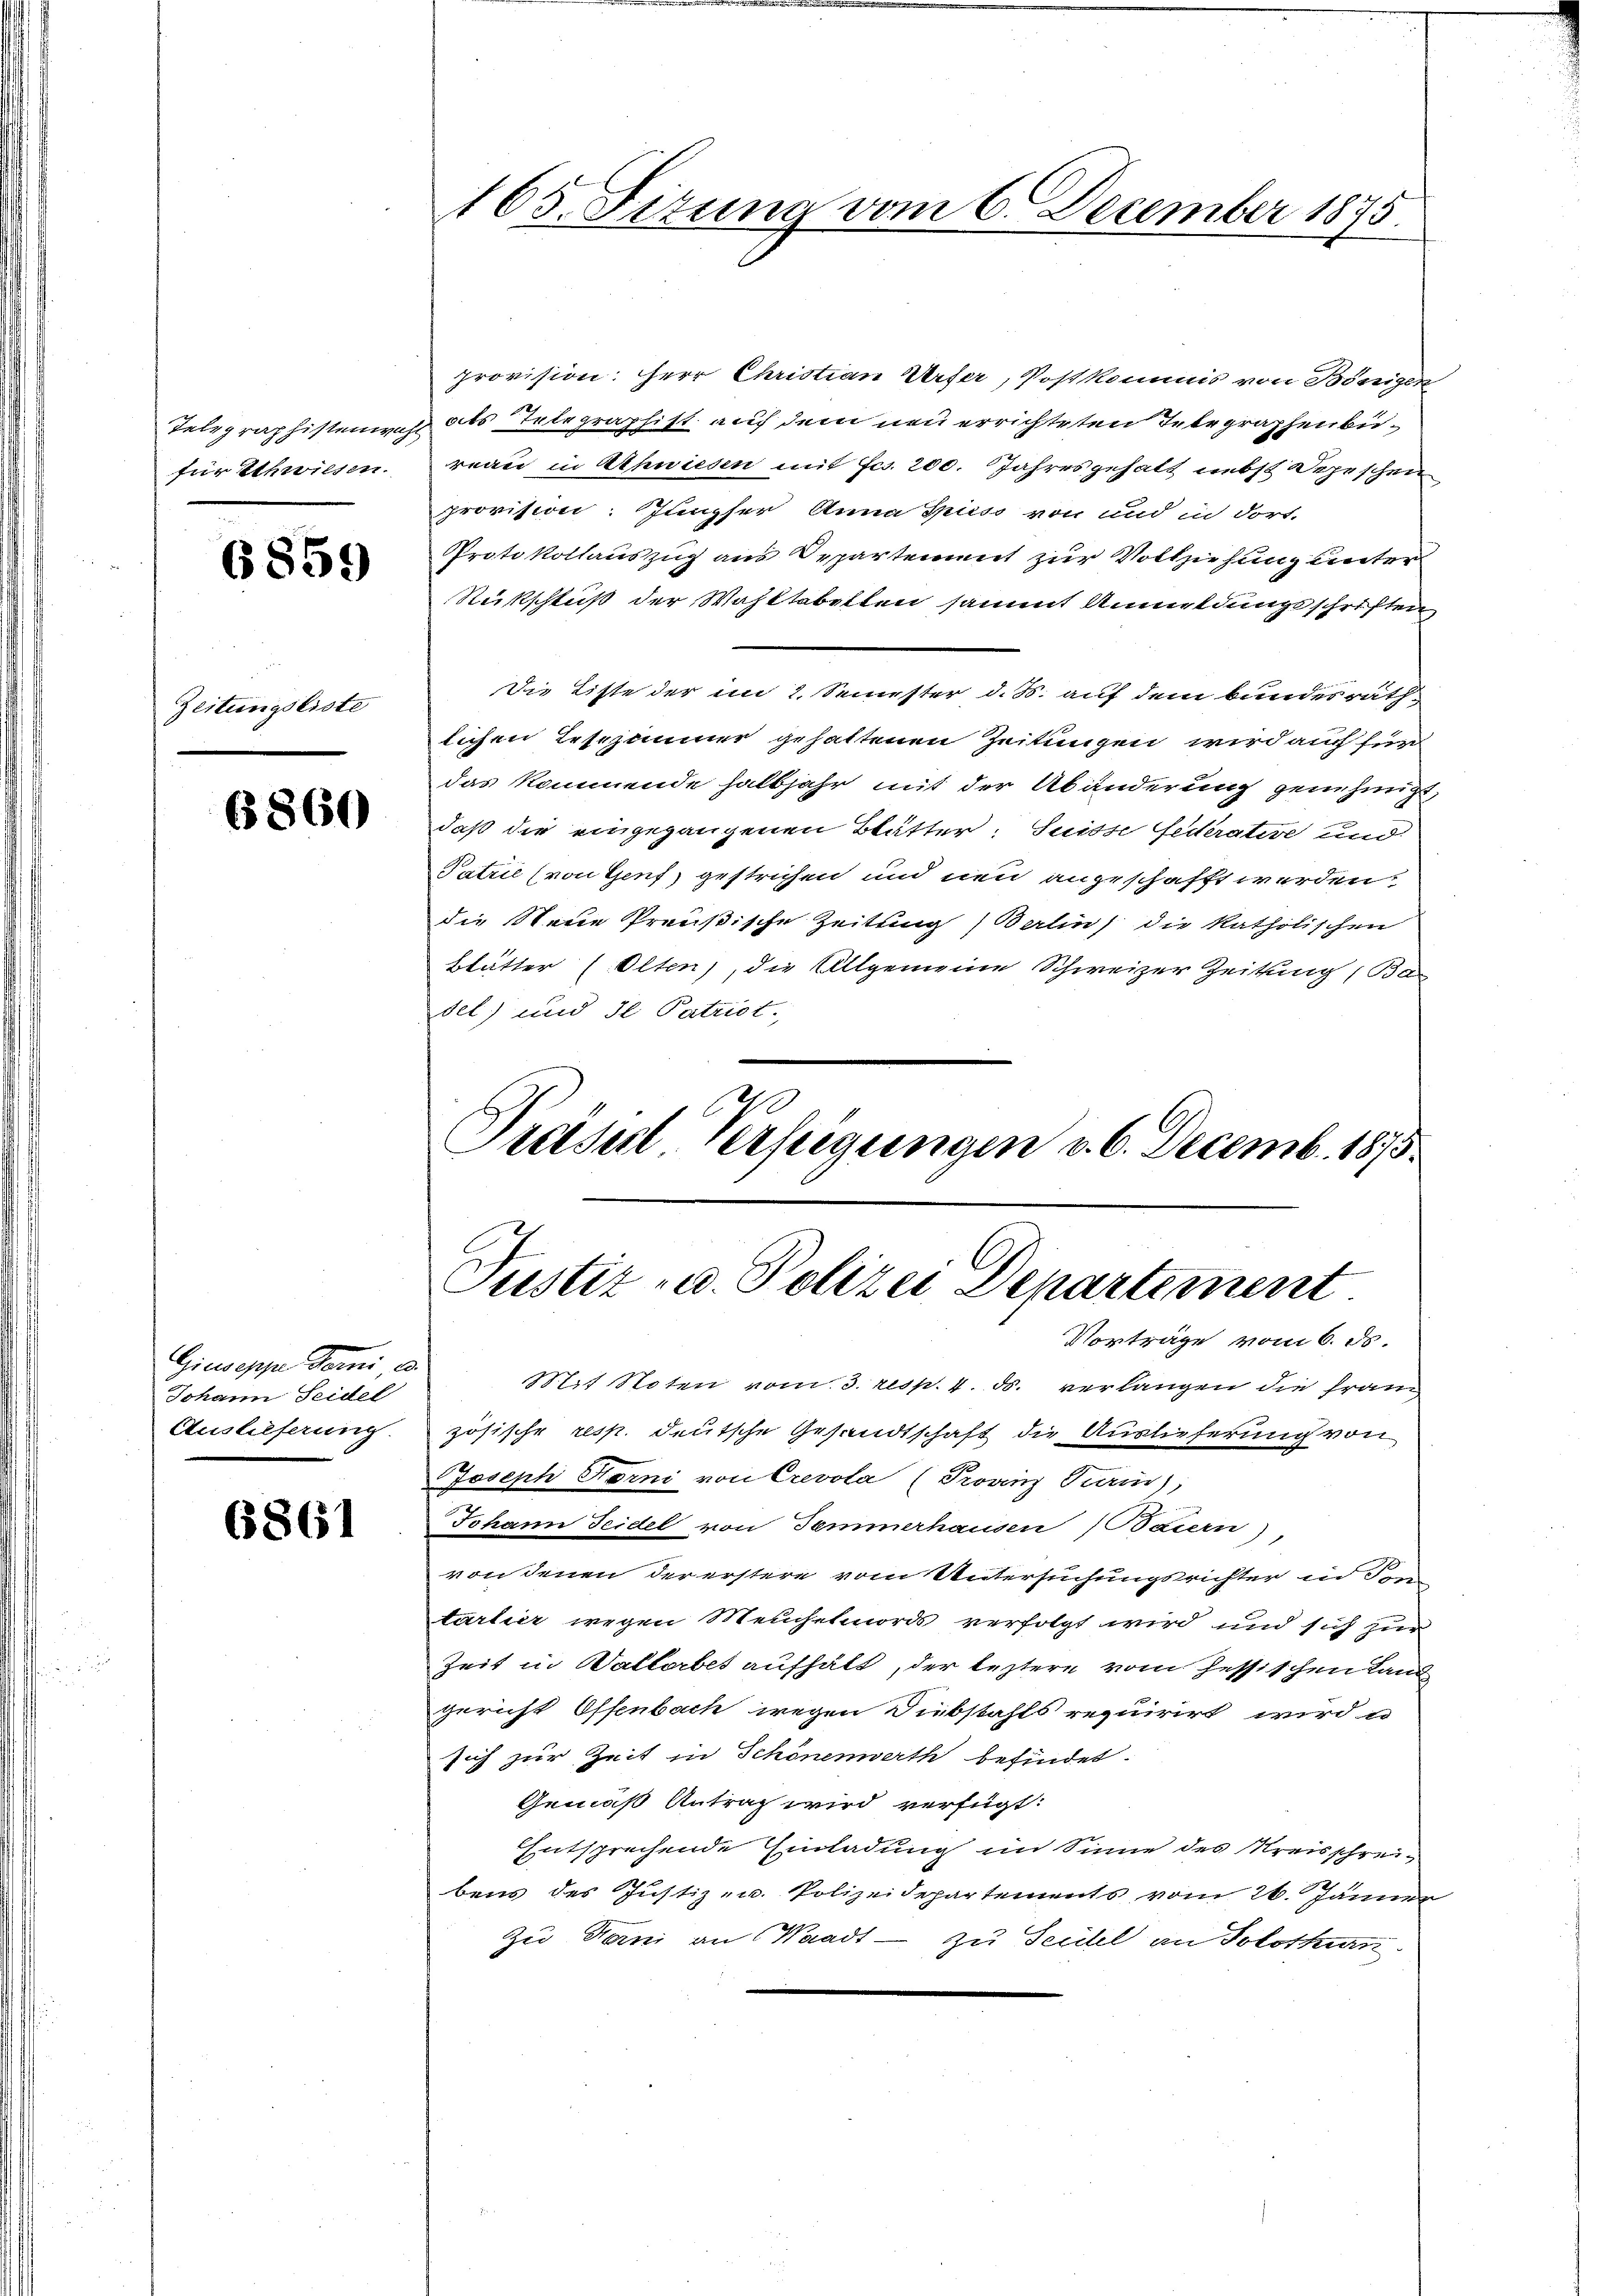
Telegraphistenwah
für Schwiesen.

6859

Zeitungsliste

6860

Giuseppe demni a.
Johann Seidel
Auslieferung.

6861

165. Sizung vom 6. December 1875.

provision: Herr Christian Urfer, Postkommis von Bönigen
 als Telegraphist auf dem neu errichteten Integraphenbüreau in Schwiesen mit fcs. 200. Jahresgehalt nebst Depeschen
provision. Jungfer Anna Spiess von und in dort.
Protokollauszug aus Departement zur Vollziehung unter
Rückschluß der Wohltabelten sammt Anmeldungsschriften.
Die Liste der im 2. Semester d. B. auf dem Bundesräthlichen Lesezimmer gehaltenen Zeitungen wird auch für
das könnende halbjahr mit der Abänderung genehmigt,
daß die eingegangenen Blätter: Suisse Federative und
Patril (von Genf, gestrichen und neu angeschafft werden.
die Neue Preußische Zeitung, Berlin, die katholischen
Blätter (Olten), die Allgemeine Schweizer Zeitung (Badel) und Il Patriot.

Präsiel Verfügungen d. 6. Decemb. 1875.
Justiz- u. Polizei Departement
Vorträge vom 6. ds.

it Noten vom 3. resp. 4. ds. verlangen die franz
zösische resp. deutsche Gesandtschaft die Auslieferung von
Joseph Forni von Crevola (Provinz Kein),
Johann Seidel von Temmerhausen Baiern)
von denen der erstere vom Untersuchungsrichter ein
tartier wegen Meuchelmords verfolgt wird und sich zur
Zeit in Walterbet aufhält, der leztere vom Zessischen Land
gericht Offenbach wegen Diebstahls requirirt wird u
sich zur Zeit in Schönenwerth befindet.
Gemäß Antrag wird verfügt:
Entsprechende Einladung im Sinne des Kreisschreibens des Justiz- u. Polizeidepartements vom 26. Jänner
Zu Fani an Waadt - zu Seitel an Solothurn.